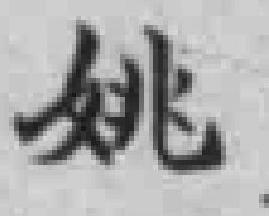
姚